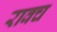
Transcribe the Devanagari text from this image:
रावच